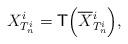
LaTeX: \begin{align*}\label[Ieq]{eq:optimalcouplingjumpT}X^i_{T^i_n} = \mathsf{T}{\Big(\overline{X}{}^i_{T^i_n}\Big)},\end{align*}